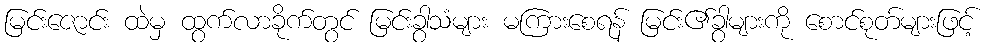
မြင်းဇောင်း ထဲမှ ထွက်လာခိုက်တွင် မြင်းခွာသံများ မကြားစေရန် မြင်း၏ခွာများကို စောင်စုတ်များဖြင့်